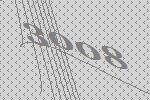
3008